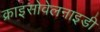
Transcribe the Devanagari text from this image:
क्राइसोवेलनाइडी